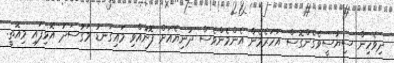
ދިވެހިން ސިޔާސީވެގެންގޮސް އަހަރެމެން އެންމެންވެސް ދުނިޔެއަށް ފޮނުއްވި މައިގަނޑު މަގުސަދު އޮޅިފައި މިއޮތީ.